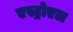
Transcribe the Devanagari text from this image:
एस्ट्रोएल